Proceedings of the meeting of veterinary officers in India
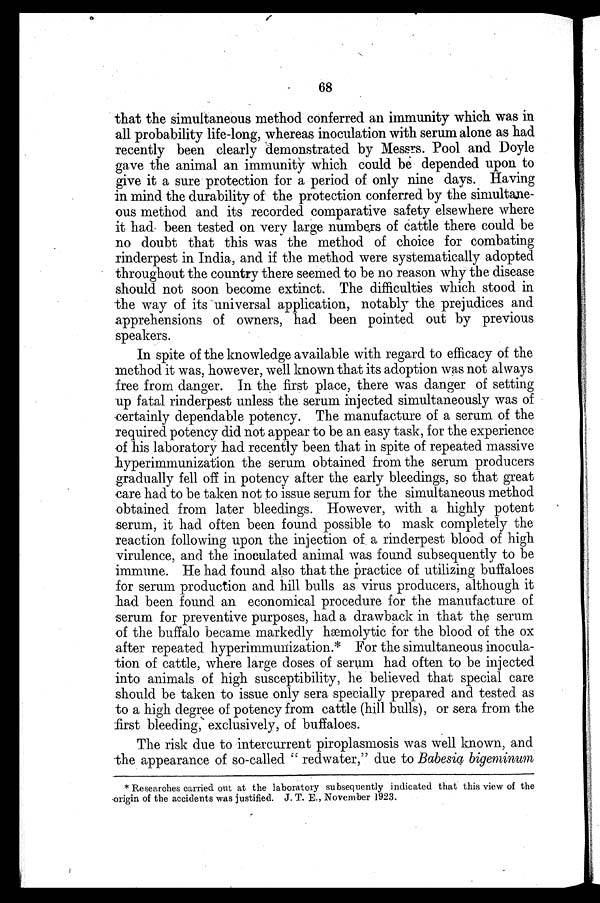
68
that the simultaneous method conferred an immunity which was in
all probability life-long, whereas inoculation with serum alone as had
recently been clearly demonstrated by Messrs. Pool and Doyle
gave the animal an immunity which could be depended upon to
give it a sure protection for a period of only nine days. Having
in mind the durability of the protection conferred by the simultane-
ous method and its recorded comparative safety elsewhere where
it had been tested on very large numbers of cattle there could be
no doubt that this was the method of choice for combating
rinderpest in India, and if the method were systematically adopted
throughout the country there seemed to be no reason why the disease
should not soon become extinct. The difficulties which stood in
the way of its universal application, notably the prejudices and
apprehensions of owners, had been pointed out by previous
speakers.
In spite of the knowledge available with regard to efficacy of the
method it was, however, well known that its adoption was not always
free from danger. In the first place, there was danger of setting
up fatal rinderpest unless the serum injected simultaneously was of
certainly dependable potency. The manufacture of a serum of the
required potency did not appear to be an easy task, for the experience
of his laboratory had recently been that in spite of repeated massive
hyperimmunization the serum obtained from the serum producers
gradually fell off in potency after the early bleedings, so that great
care had to be taken not to issue serum for the simultaneous method
obtained from later bleedings. However, with a highly potent
serum, it had often been found possible to mask completely the
reaction following upon the injection of a rinderpest blood of high
virulence, and the inoculated animal was found subsequently to be
immune. He had found also that the practice of utilizing buffaloes
for serum production and hill bulls as virus producers, although it
had been found an economical procedure for the manufacture of
serum for preventive purposes, had a drawback in that the serum
of the buffalo became markedly hæmolytic for the blood of the ox
after repeated hyperimmunization.* For the simultaneous inocula-
tion of cattle, where large doses of serum had often to be injected
into animals of high susceptibility, he believed that special care
should be taken to issue only sera specially prepared and tested as
to a high degree of potency from cattle (hill bulls), or sera from the
first bleeding, exclusively, of buffaloes.
The risk due to intercurrent piroplasmosis was well known, and
the appearance of so-called "redwater," due to Babesia bigeminum
* Researches carried out at the laboratory subsequently indicated that this view of the
origin of the accidents was justified. J. T. E., November 1923.